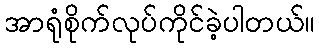
အာရုံစိုက်လုပ်ကိုင်ခဲ့ပါတယ်။